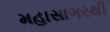
મહાસાગરથી